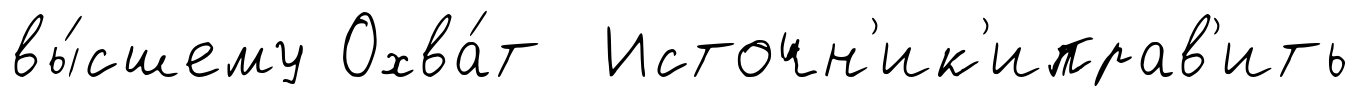
вы́сшему Охва́т Источн'ик'иправ'ить